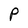
Character: P